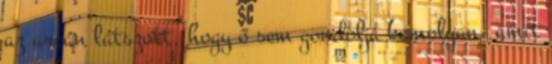
az arcán látszott, hogy ő sem gondolja komolyan, amit